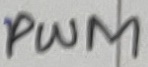
Text: PWM